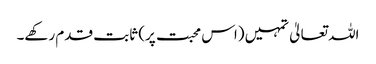
اللہ تعالیٰ تمہیں (اس محبت پر) ثابت قدم رکھے۔